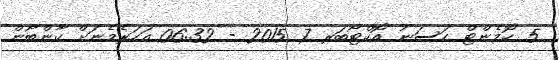
5 ކޮމެންޓް ހަސަނު އޮކްޓޯބަރ 7